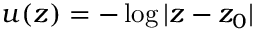
u ( z ) = - \log | z - z _ { 0 } |